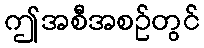
ဤအစီအစဉ်တွင်